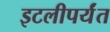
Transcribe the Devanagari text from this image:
इटलीपर्यंत